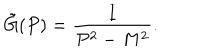
\tilde { G } ( P ) = \frac { I } { P ^ { 2 } - M ^ { 2 } } .